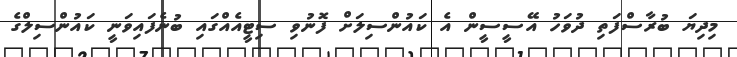
މިދިޔަ ބުރާސްފަތި ދުވަހު އޭސީސީން އެ ކައުންސިލަށް ފޮނުވި ސިޓީއެއްގައި ބުނެފައިވަނީ ކައުންސިލްގެ